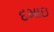
દમાઇ